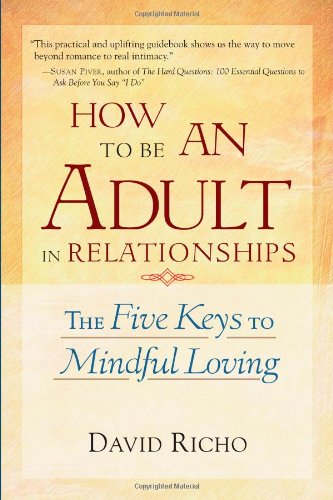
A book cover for How to Be an Adult in Relationships: The Five Keys to Mindful Loving; David Richo; Self-Help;